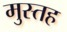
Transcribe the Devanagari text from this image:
मुस्तह